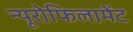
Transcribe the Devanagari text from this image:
न्यूरोफिलामेंट